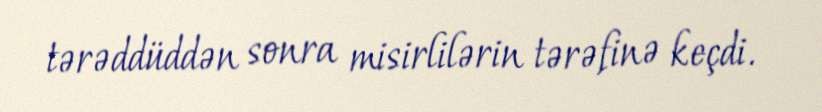
tərəddüddən sonra misirlilərin tərəfinə keçdi.